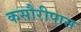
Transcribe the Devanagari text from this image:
कसौरीपास